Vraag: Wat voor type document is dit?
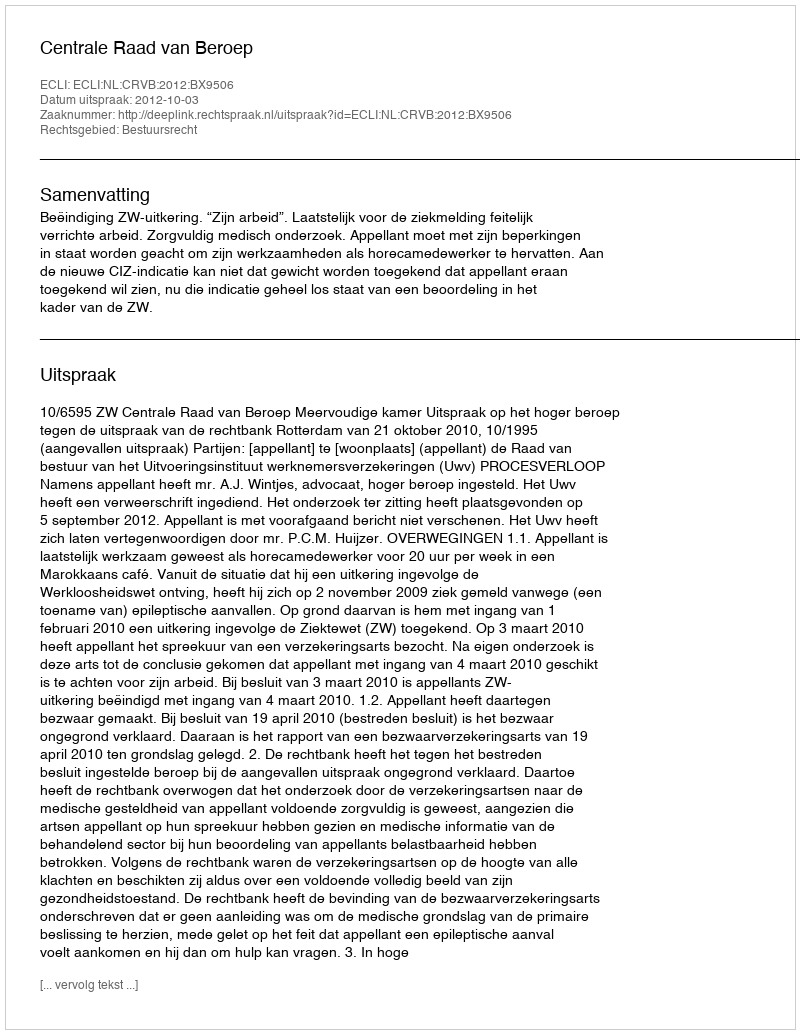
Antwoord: Uitspraak